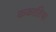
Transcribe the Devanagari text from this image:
ककातिया